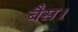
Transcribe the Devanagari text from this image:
बैस।